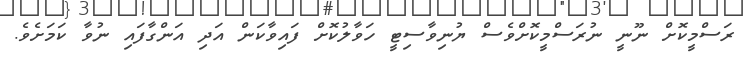
ރަސްމީކޮށް ނޫނީ ނުރަސްމީކޮށްވެސް ޔުނިވާސިޓީ ހަވާލުކޮށް ފައިވާކަން އަދި އަންގާފައި ނުވާ ކަމަށެވެ.